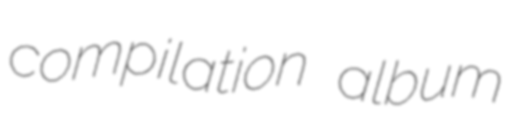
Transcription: compilation album